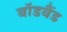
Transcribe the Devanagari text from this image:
बॉडबैंड